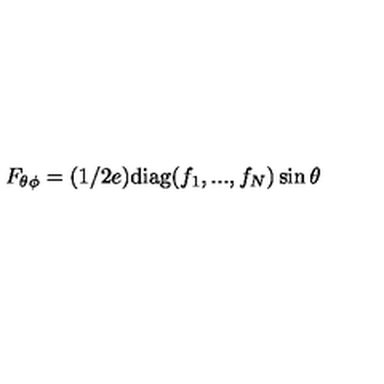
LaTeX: F _ { \theta \phi } = ( 1 / 2 e ) \mathrm { d i a g } ( f _ { 1 } , . . . , f _ { N } ) \sin \theta \